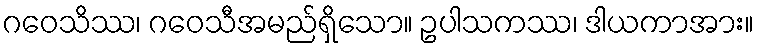
ဂဝေသိဿ၊ ဂဝေသီအမည်ရှိသော။ ဥပါသကဿ၊ ဒါယကာအား။